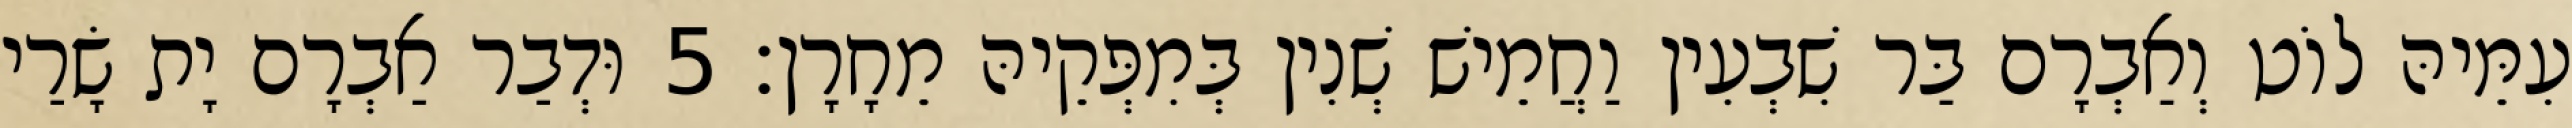
עִמֵּיהּ לוֹט וְאַבְרָם בַּר שִׁבְעִין וַחֲמֵישׁ שְׁנִין בְּמִפְּקֵיהּ מֵחָרָן׃ 5 וּדְבַר אַבְרָם יָת שָׂרַי